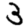
Digit: 3